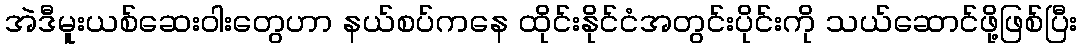
အဲဒီမူးယစ်ဆေးဝါးတွေဟာ နယ်စပ်ကနေ ထိုင်းနိုင်ငံအတွင်းပိုင်းကို သယ်ဆောင်ဖို့ဖြစ်ပြီး